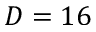
D = 1 6